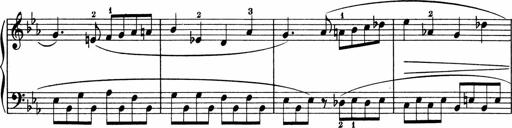
Title: 5 Sonatinen fÃ¼r die Jugend
Composer: Carl Reinecke